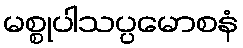
မစ္စုပါသပ္ပမောစနံ